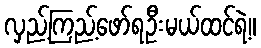
လှည့်ကြည့်ဖော်ရဦးမယ်ထင်ရဲ့။